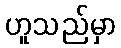
ဟူသည်မှာ